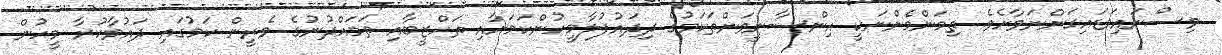
ވިސްނައިވަޑައިގަންނަވާށެވެ. ތިމަންމެންނަކީ އިންސާނީވަންތަކަމުގެ ދިދައުފުލާމީހުންކަމަށާއި ތަހްޒީބާއި ތަމައްދުނުގެ ވެރީން ކަމުގައި ދައުވާކުރާ މީހުން